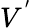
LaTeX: V^{'}